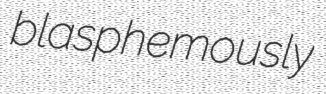
blasphemously